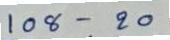
108 - 20